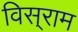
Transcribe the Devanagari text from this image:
विस्‌राम